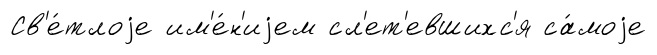
Св'е́тлоjе им'е́н'иjем сл'ет'евшихс'я са́моjе